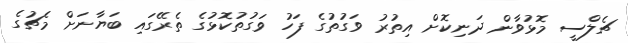
ޗެލްސީ މޮޅުވާން ދަނިކޮށް އިތުރު ވަގުތުގެ ފަހު ވަގުތުކޮޅުގެ ތެރޭގައި ބަޔާނަށް މެޗުގެ